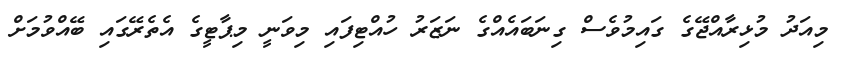
މިއަދު މުޅިރާއްޖޭގެ ގައިމުވެސް ގިނަބައެއްގެ ނަޒަރު ހުއްޓިފައި މިވަނީ މިޕާޓީގެ އެތެރޭގައި ބޭއްވުމަށް